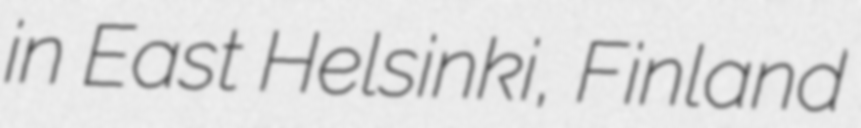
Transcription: in East Helsinki, Finland